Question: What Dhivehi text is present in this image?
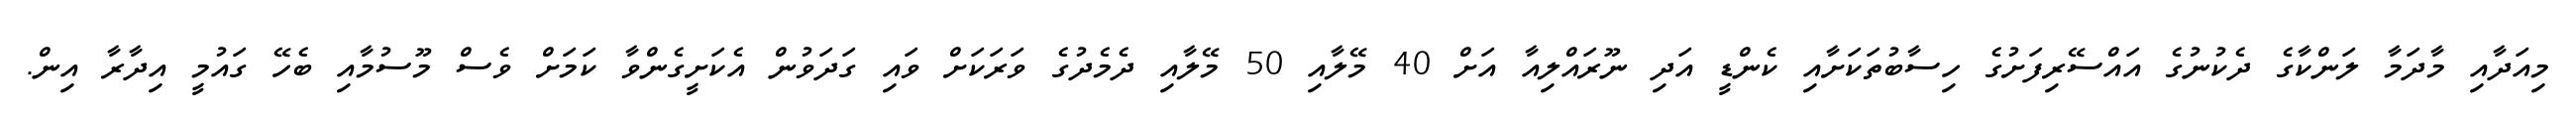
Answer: މިއަދާއި މާދަމާ ލަންކާގެ ދެކުނުގެ އައްސޭރިފަށުގެ ހިސާބުތަކަށާއި ކެންޑީ އަދި ނޫރައްލިއާ އަށް 40 މޭލާއި 50 މޭލާއި ދެމެދުގެ ވަރަކަށް ވައި ގަދަވުން އެކަށީގެންވާ ކަމަށް ވެސް މޫސުމާއި ބެހޭ ގައުމީ އިދާރާ އިން.